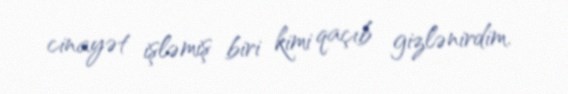
cinayət işləmiş biri kimi qaçıb gizlənirdim.